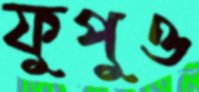
ফুপুও